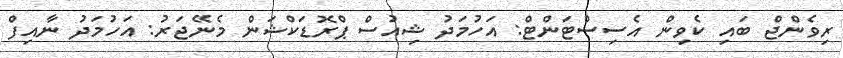
ރިވެންޖް ބައި ކެވިން އެސިސްޓަންޓް: އަހުމަދު ޝިއުސް ޕްރޮޑަކްޝަން މެނޭޖަރު: އަހުމަދު ނާއިފް